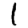
Digit: 1